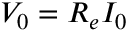
V _ { 0 } = R _ { e } I _ { 0 }